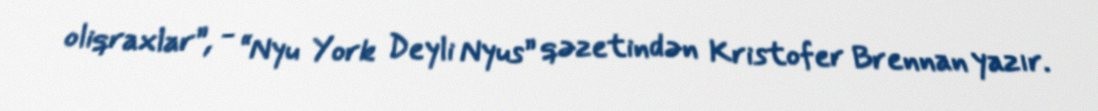
oliqraxlar”, - “Nyu York Deyli Nyus” qəzetindən Kristofer Brennan yazır.